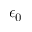
\epsilon _ { 0 }